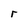
Character: r